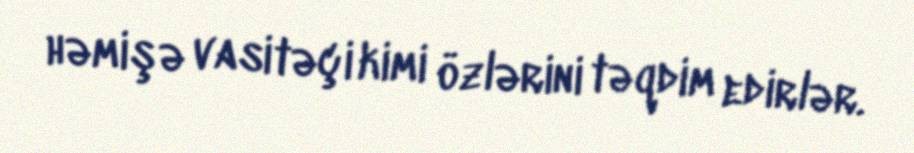
həmişə vasitəçi kimi özlərini təqdim edirlər.